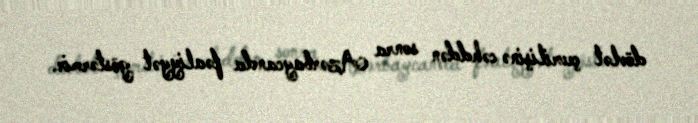
dövlət çevrilişinə cəhddən sonra Azərbaycanda fəaliyyət göstərmir.